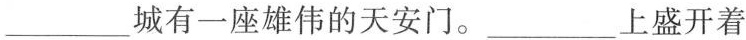
____城有一座雄伟的天安门。_____上盛开着